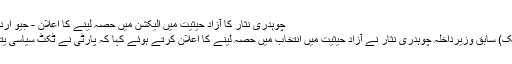
چوہدری نثار کا آزاد حیثیت میں الیکشن میں حصہ لینے کا اعلان - جیو اردو - Geo Urdu
اسلام آباد (جیوڈیسک) سابق وزیرداخلہ چوہدری نثار نے آزاد حیثیت میں انتخاب میں حصہ لینے کا اعلان کرتے ہوئے کہا کہ پارٹی نے ٹکٹ سیاسی یتیموں کو دیے ہیں۔